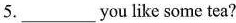
5.___you like some tea?